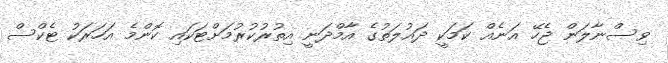
ވިސްނާލަން ޖެހޭ އަނެއް ކަމަކީ ދައުލަތުގެ އާމްދަނީ އިތުރުކުރުމަށްޓަކައި ކޮންމެ އަހަރަކު ޓެކްސް